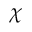
\chi